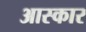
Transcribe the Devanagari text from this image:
आस्कार